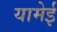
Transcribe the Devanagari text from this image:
यामेई